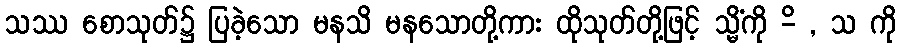
သဿ စောသုတ်၌ ပြခဲ့သော မနသိ မနသောတို့ကား ထိုသုတ်တို့ဖြင့် သ္မိံကို -ိ , သ ကို